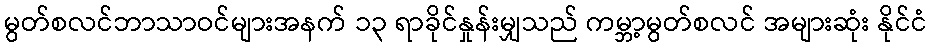
မွတ်စလင်ဘာသာဝင်များအနက် ၁၃ ရာခိုင်နှုန်းမျှသည် ကမ္ဘာ့မွတ်စလင် အများဆုံး နိုင်ငံ